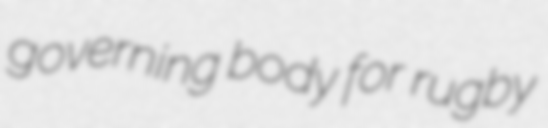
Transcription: governing body for rugby